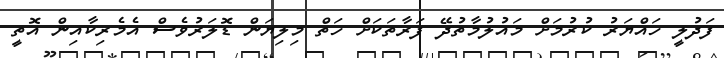
ފަދުލީ ހައްޔަރު ކުރުމަށް މައުލުމާތުދޭ ފަރާތަކަށް ހަތް މިލިޔަން ޑޮލަރުވެސް އެމެރިކާއިން އޮތީ